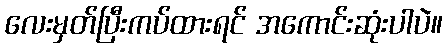
လေးမှတ်ပြီးကပ်ထားရင် အကောင်းဆုံးပါပဲ။